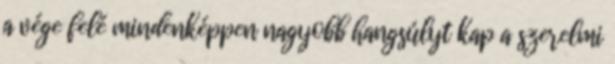
a vége felé mindenképpen nagyobb hangsúlyt kap a szerelmi